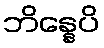
ဘိန္နေပိ